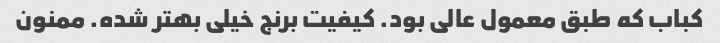
کباب که طبق معمول عالی بود. کیفیت برنج خیلی بهتر شده. ممنون